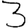
Digit: 3